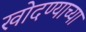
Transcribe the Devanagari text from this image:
खोदण्याच्या